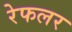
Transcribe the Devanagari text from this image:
रेफलर